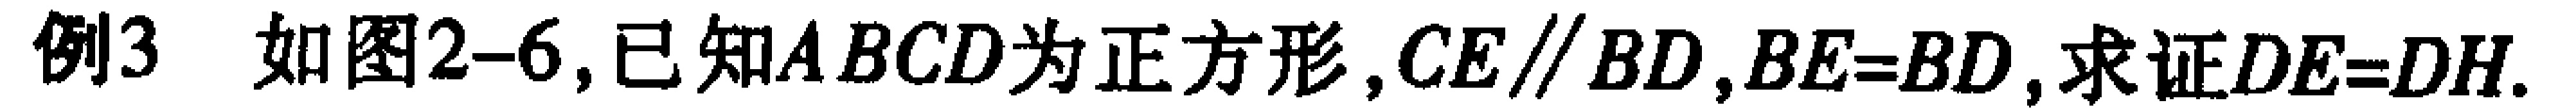
例3 如图2-6,已知\(ABCD\)为正方形,\(CE\parallel BD\),\(BE = BD\),求证\(DE = DH\).